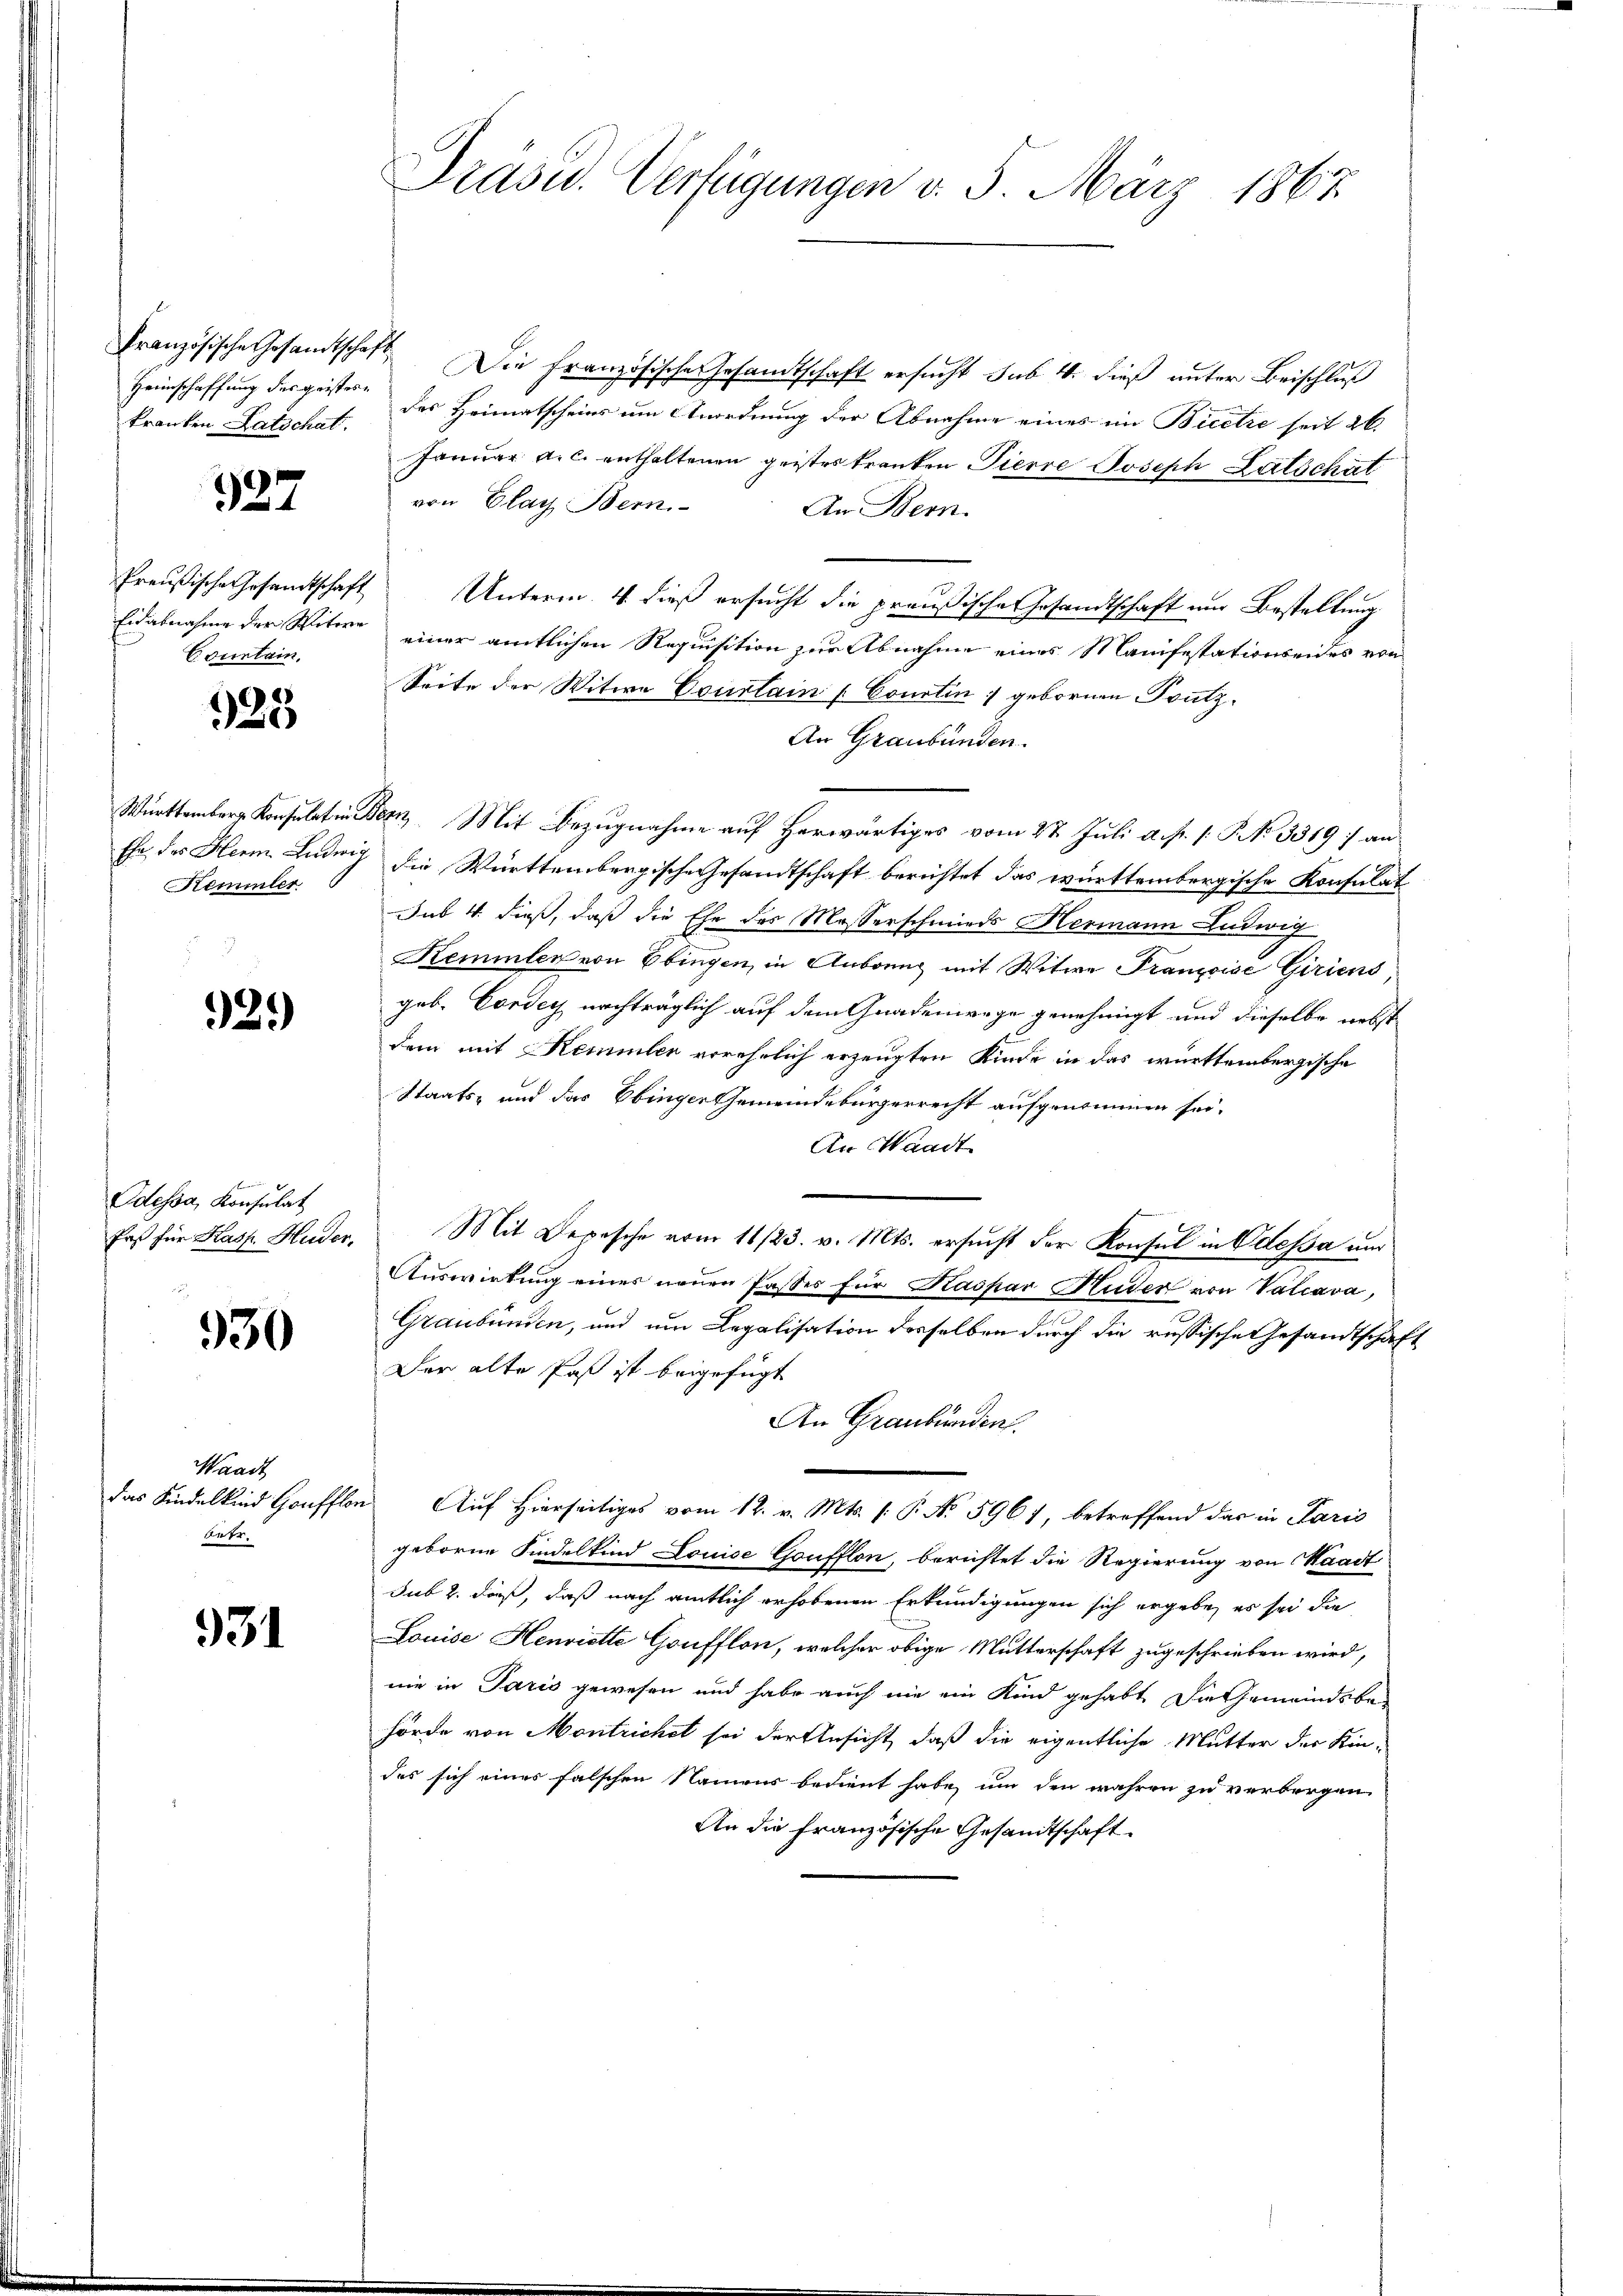
Heimschaffung des geistere

327

Countain,

925

Remmler

92.)

Odessa, Konsulat

930

Waadt
Arte

931

Präsid.. Verfügungen v. 5. März 1867

Französische Gesamtschaft. Die Französische Gesandtschaft ersucht sub. 4. dieß unter Beischluß
kranken Latschat. Das Heimatscheins um Anordnung der Abnahme eines im Bieetze seit 26
Januar a.c. enthaltenen geistes kranken Tierre Joseph Latschät
von Flach Bern
An Bern
Preußische Gesandtschaft Unterm 4. dieß ersucht die preußische Gesandtschaft um Bestellung
Eidabnahme der Witwe einer amtlichen Requisition zur Abnahme eines Manifestationseides von
Seite der Witwe Courtain Courtin :/ gebornen Trutz¬
An Graubünden.
Württember Konsulat in Bez. Mit Bezugnahme auf Herwärtiges vom 27. Juli a. p. s. S. N. 3319) an
Ehe des Heim Ludwig die Württembergische Gesandtschaft berichtet das württembergische Konsulat
Jus 4. dieß, daß die Ehe des Masserschmieds Hermann Ludwig
Kemmlen von Ebingen, in Anbrung mit Witwe Franzoise Giriens
geb. Cortey nachträglich auf dem Gnadenwege genehmigt und dieselbe nebst
dem mit Remmler verehrlich erzeugten Kinde in das württembergische
Staats- und das Ebinger Gemeindebürgerrecht aufgenommen sei.
An Waadt
Erst für Kasp. Huder. Mit Depesche vom 11/23. v. Mts. ersucht der Konsul in Odessa und
Auswirkung einer neuen Passes für Kaspar Huder von Valcava,
Graubünden, und um Legalisation derselben durch die russische Gesandtschaft
Der alte Paß ist beigefügt
An Graubünden.
das Kindelkind Hoff Auf hierseitiges vom 12. v. Mts. (: P. No 5961, betreffend das in Paris
geborne Kindelkind Louise Goufflon, berichtet die Regierung von Waadt
sub 2. daß, daß nach amtlich erhobenen Erkundigungen sich ergebe, es sei die
Louise Henriette Goufflon, welcher obige Mutterschaft zugeschrieben wird,
nie in Paris gewesen und habe auch nie ein Kind gehabt die Gemeindsbe-
hörde von Montrichet sei der Ansicht, daß die eigentliche Mutter der Kin-
des sich eines falschen Namens bedient habe, um den wahren zu verborgen,
An die französische Gesandtschaft